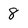
Character: 8